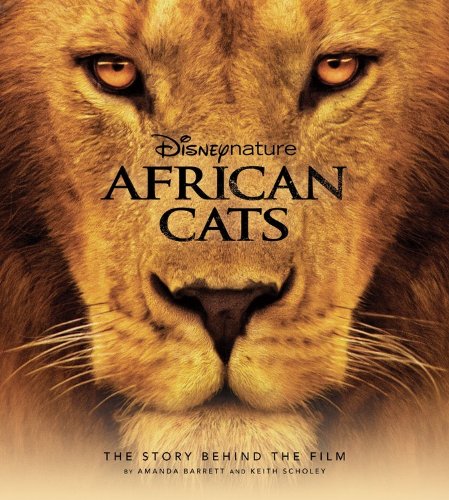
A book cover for Disney Nature: African Cats: The Story Behind the Film (Disney Editions Deluxe (Film)); Amanda Barrett; Crafts, Hobbies & Home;